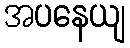
အပနေယျ